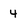
Character: 4